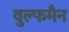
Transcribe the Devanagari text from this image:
वुल्फमैन